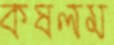
কষলম